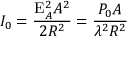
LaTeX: I _ { 0 } = { \frac { \mathrm { E } _ { A } ^ { 2 } A ^ { 2 } } { 2 R ^ { 2 } } } = { \frac { P _ { 0 } A } { \lambda ^ { 2 } R ^ { 2 } } }